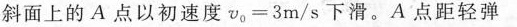
斜面上的A点以初速度$$v_{0}=3$$m/s下滑。A点距轻弹